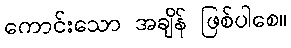
ကောင်းသော အချိန် ဖြစ်ပါစေ။